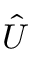
\hat { U }